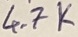
Text: 4.7K